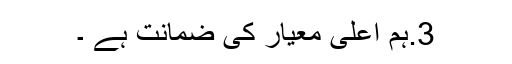
3.ہم اعلی معیار کی ضمانت ہے ۔